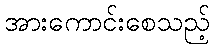
အားကောင်းစေသည့်